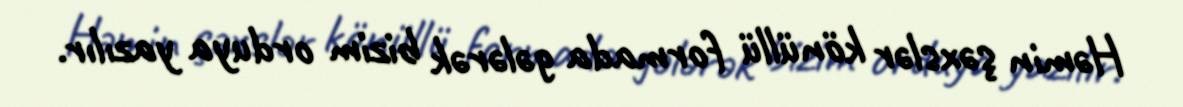
Həmin şəxslər könüllü formada gələrək bizim orduya yazılır.